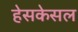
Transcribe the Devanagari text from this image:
हेसकेसल